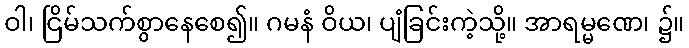
ဝါ၊ ငြိမ်သက်စွာနေစေ၍။ ဂမနံ ဝိယ၊ ပျံခြင်းကဲ့သို့။ အာရမ္မဏေ၊ ၌။